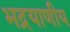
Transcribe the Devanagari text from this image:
भद्रयाणीय